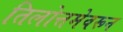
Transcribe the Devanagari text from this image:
तिलोत्तमेवरून